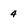
Character: 4